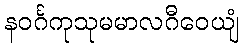
နဝင်္ဂကုသုမမာလဂီဝေယျံ